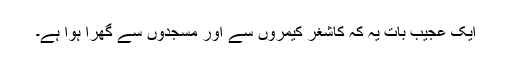
ایک عجیب بات یہ کہ کاشغر کیمروں سے اور مسجدوں سے گھرا ہوا ہے۔